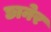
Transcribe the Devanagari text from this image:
छानेर